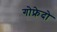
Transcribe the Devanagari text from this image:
गोफ्रेदो